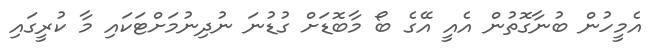
އެމީހުން ބުނާގޮތުން އެއީ އޭގެ ބޯ މާބޮޑަށް ގުޑުނަ ނުދިނުމަށްޓަކައި މާ ކުރީގައި